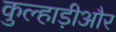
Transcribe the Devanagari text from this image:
कुल्हाड़ीऔर